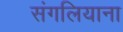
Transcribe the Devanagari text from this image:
संगलियाना